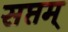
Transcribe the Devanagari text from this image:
सप्तम्‌